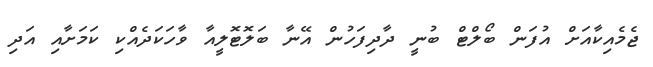
ޖެމެއިކާއަށް އުފަން ބޯލްޓް ބުނީ ދާދިފަހުން އޭނާ ބަލޮޓޮލީއާ ވާހަކަދެއްކި ކަމަށާއި އަދި